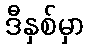
ဒီနှစ်မှာ